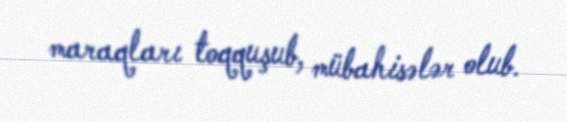
maraqları toqquşub, mübahisələr olub.